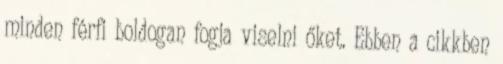
minden férfi boldogan fogja viselni őket. Ebben a cikkben